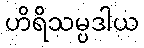
ဟိရိသမ္ပဒါယ